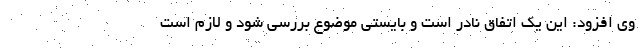
وی افزود: این یک اتفاق نادر است و بایستی موضوع بررسی شود و لازم است